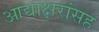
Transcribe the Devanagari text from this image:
आद्याक्षरांसह